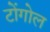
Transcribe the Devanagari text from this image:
टोंगोल